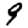
Digit: 9